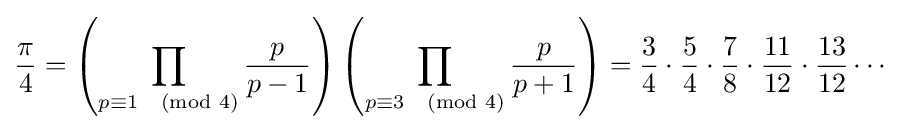
{\frac {\pi }{4}}=\left(\prod _{p\equiv 1{\pmod {4}}}{\frac {p}{p-1}}\right)\left(\prod _{p\equiv 3{\pmod {4}}}{\frac {p}{p+1}}\right)={\frac {3}{4}}\cdot {\frac {5}{4}}\cdot {\frac {7}{8}}\cdot {\frac {11}{12}}\cdot {\frac {13}{12}}\cdots